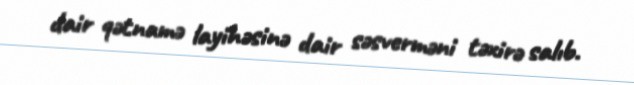
dair qətnamə layihəsinə dair səsverməni təxirə salıb.